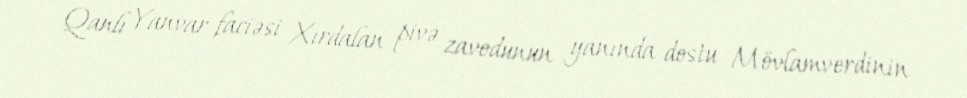
Qanlı Yanvar faciəsi Xırdalan pivə zavodunun yanında dostu Mövlamverdinin